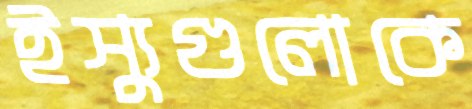
ইস্যুগুলোকে